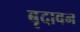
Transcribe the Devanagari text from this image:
बृदावन